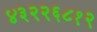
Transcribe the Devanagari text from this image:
४३२२६८१२